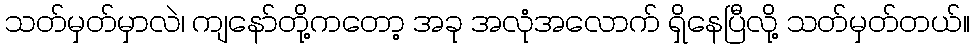
သတ်မှတ်မှာလဲ၊ ကျနော်တို့ကတော့ အခု အလုံအလောက် ရှိနေပြီလို့ သတ်မှတ်တယ်။